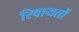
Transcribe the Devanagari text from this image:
रिवायतों